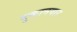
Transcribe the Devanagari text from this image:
दुकानवार